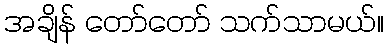
အချိန် တော်တော် သက်သာမယ်။